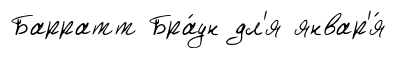
Барратт Бра́ун дл'я январ'я́